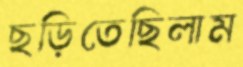
ছড়িতেছিলাম